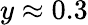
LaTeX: y\approx 0.3